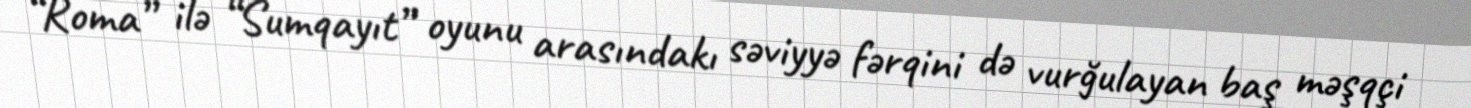
“Roma” ilə “Sumqayıt” oyunu arasındakı səviyyə fərqini də vurğulayan baş məşqçi